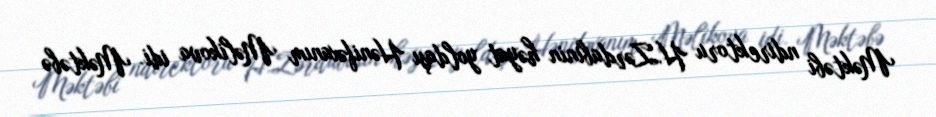
Məktəbi ndirektoru H.Zərdabinin həyat yoldaşı Hənifəxanım Məlikova idi. Məktəbə